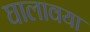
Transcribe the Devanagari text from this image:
घालावया